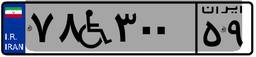
۷۸W۳۰۰۵۹